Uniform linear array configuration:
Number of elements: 48
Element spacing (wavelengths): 0.75
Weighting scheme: uniform
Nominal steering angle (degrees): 60
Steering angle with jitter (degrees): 60.719
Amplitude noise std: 0.05
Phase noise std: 0.05

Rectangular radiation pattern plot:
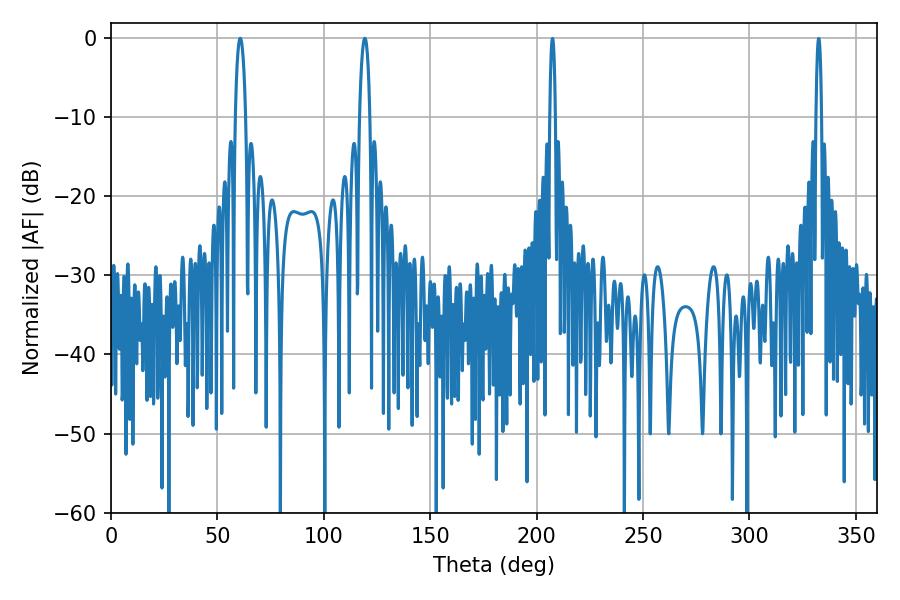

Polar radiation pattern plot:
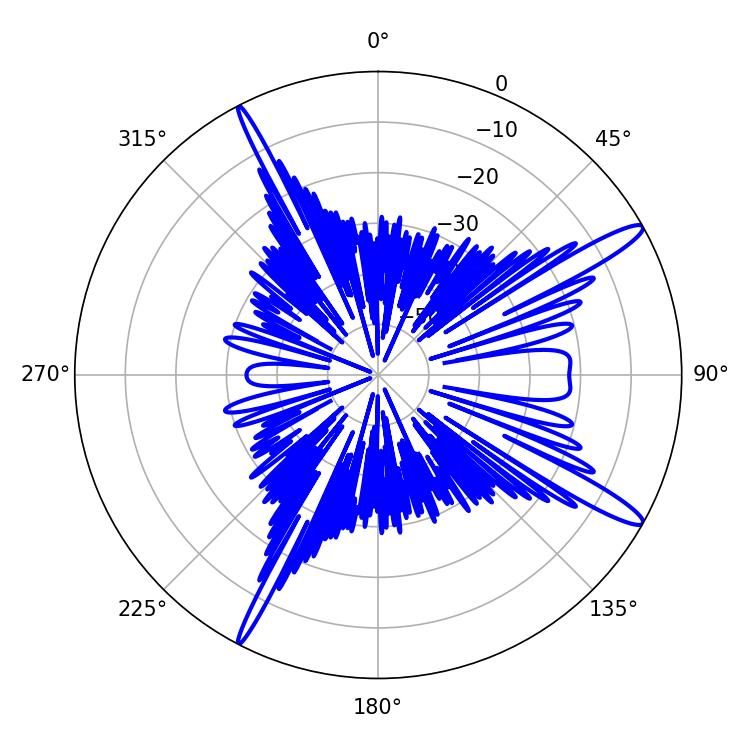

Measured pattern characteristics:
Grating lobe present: TRUE
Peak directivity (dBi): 14.491
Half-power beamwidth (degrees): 2.7
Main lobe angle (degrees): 60.66